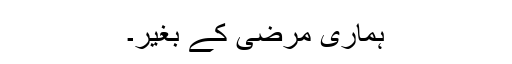
ہماری مرضی کے بغیر۔